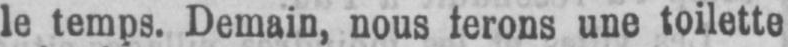
le temps. Demain, nous ferons une toilette